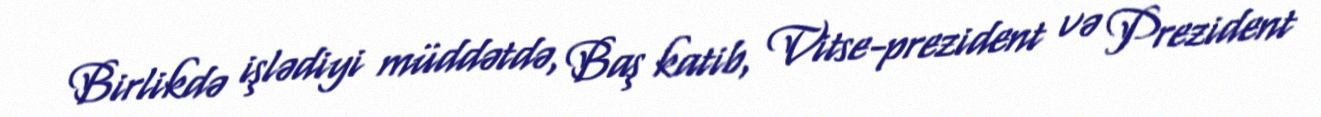
Birlikdə işlədiyi müddətdə, Baş katib, Vitse-prezident və Prezident